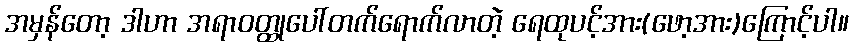
အမှန်တော့ ဒါဟာ အရာဝတ္ထုပေါ်တက်ရောက်လာတဲ့ ရေထုပင့်အား(ဖော့အား)ကြောင့်ပါ။